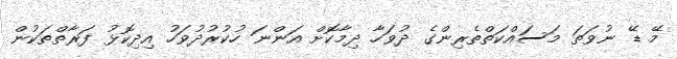
މޭ ޑޭ ނުވަތަ މަސައްކަތްތެރިންގެ ދުވަހާ ދިމާކޮށް އަންނަ ހުކުރުދުވަހު އިދިކޮޅު ފަރާތްތަކުން